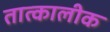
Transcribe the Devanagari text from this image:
तात्‍कालीक